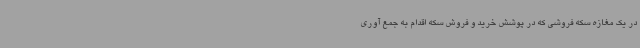
در یک مغازه سکه فروشی که در پوشش خرید و فروش سکه اقدام به جمع آوری